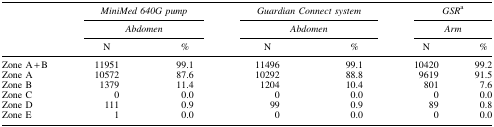
|  | <COLSPAN=2> MiniMed 640G pump | <COLSPAN=2> Guardian Connect system | <COLSPAN=2> GSRa |
 |  | <COLSPAN=2> Abdomen | <COLSPAN=2> Abdomen | <COLSPAN=2> Arm |
 |  | N | % | N | % | N | % |
 | --- | --- | --- | --- | --- | --- | --- |
 | Zone A + B | 11951 | 99.1 | 11496 | 99.1 | 10420 | 99.2 |
 | Zone A | 10572 | 87.6 | 10292 | 88.8 | 9619 | 91.5 |
 | Zone B | 1379 | 11.4 | 1204 | 10.4 | 801 | 7.6 |
 | Zone C | 0 | 0.0 | 0 | 0.0 | 0 | 0.0 |
 | Zone D | 111 | 0.9 | 99 | 0.9 | 89 | 0.8 |
 | Zone E | 1 | 0.0 | 0 | 0.0 | 0 | 0.0 |